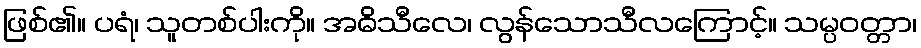
ဖြစ်၏။ ပရံ၊ သူတစ်ပါးကို။ အဓိသီလေ၊ လွန်သောသီလကြောင့်။ သမ္ပဝတ္တာ၊